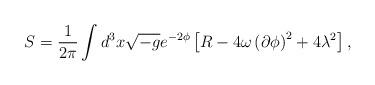
LaTeX: \begin{align*}S=\frac{1}{2\pi} \int d^3x \sqrt{-g} e^{-2\phi} \left[ R - 4 \omega \left( \partial \phi \right)^2 + 4 \lambda^2 \right], \end{align*}